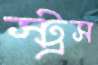
স্ট্রস